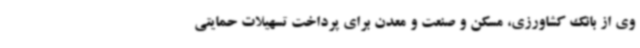
وی از بانک کشاورزی، مسکن و صنعت و معدن برای پرداخت تسهیلات حمایتی